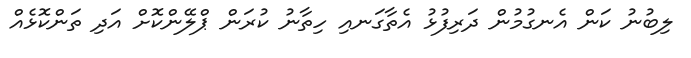
ލިބުނު ކަން އެނގުމުން ދަރިފުޅު އެތާގަނއި ހިތާނު ކުރަން ޕްލޭންކޮށް އަދި ތަންކޮޅެއް